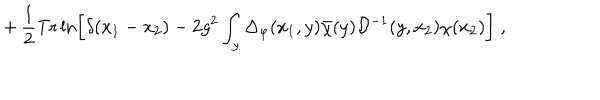
+ \, \frac { 1 } { 2 } \mathrm { T r } \ln \left[ \delta ( x _ { 1 } - x _ { 2 } ) - 2 g ^ { 2 } \int _ { y } \Delta _ { \varphi } ( x _ { 1 } , y ) { \bar { \chi } } ( y ) { \mathcal D } ^ { - 1 } ( y , x _ { 2 } ) \chi ( x _ { 2 } ) \right] \; ,